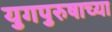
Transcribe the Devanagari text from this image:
युगपुरुषाच्या